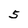
Character: 5